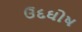
ઉદઘોષ